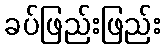
ခပ်ဖြည်းဖြည်း